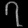
Digit: ၇